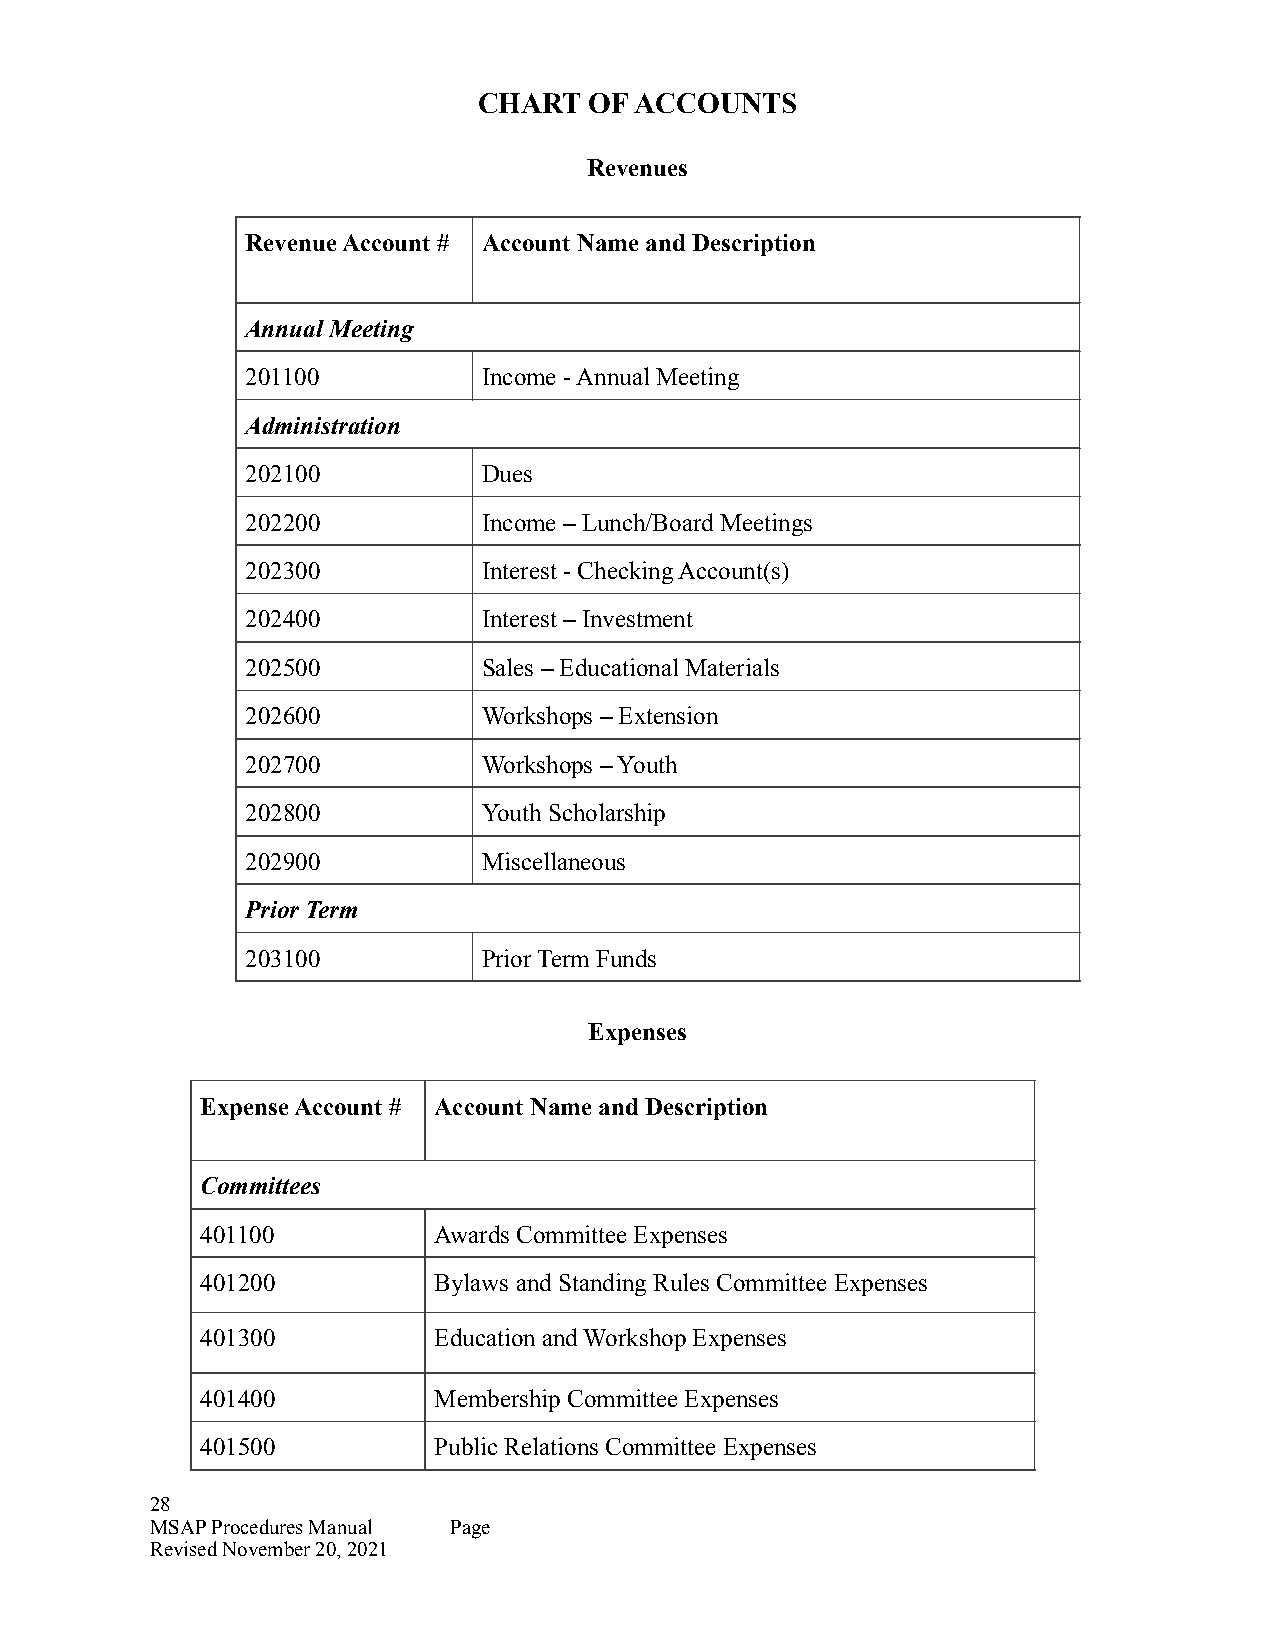
CHART  OF ACCOUNTS
 Revenues
 Revenue Account # Account Name and Description
 Annual Meeting
 201100          Income - Annual Meeting
 Administration
 202100          Dues
 202200          Income – Lunch/Board Meetings
 202300          Interest - Checking Account(s)
 202400          Interest – Investment
 202500          Sales – Educational Materials
 202600          Workshops – Extension
 202700          Workshops – Youth
 202800          Youth Scholarship
 202900          Miscellaneous
 Prior Term
 203100          Prior Term Funds
 Expenses
 Expense Account # Account Name and Description
 Committees
 401100          Awards Committee Expenses
 401200          Bylaws and Standing Rules Committee Expenses
 401300          Education and Workshop Expenses
 401400          Membership Committee Expenses
 401500          Public Relations Committee Expenses
 28
 MSAP Procedures Manual Page
 Revised November 20, 2021